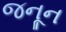
જનૂન